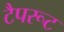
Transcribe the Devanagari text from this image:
टैपरूट